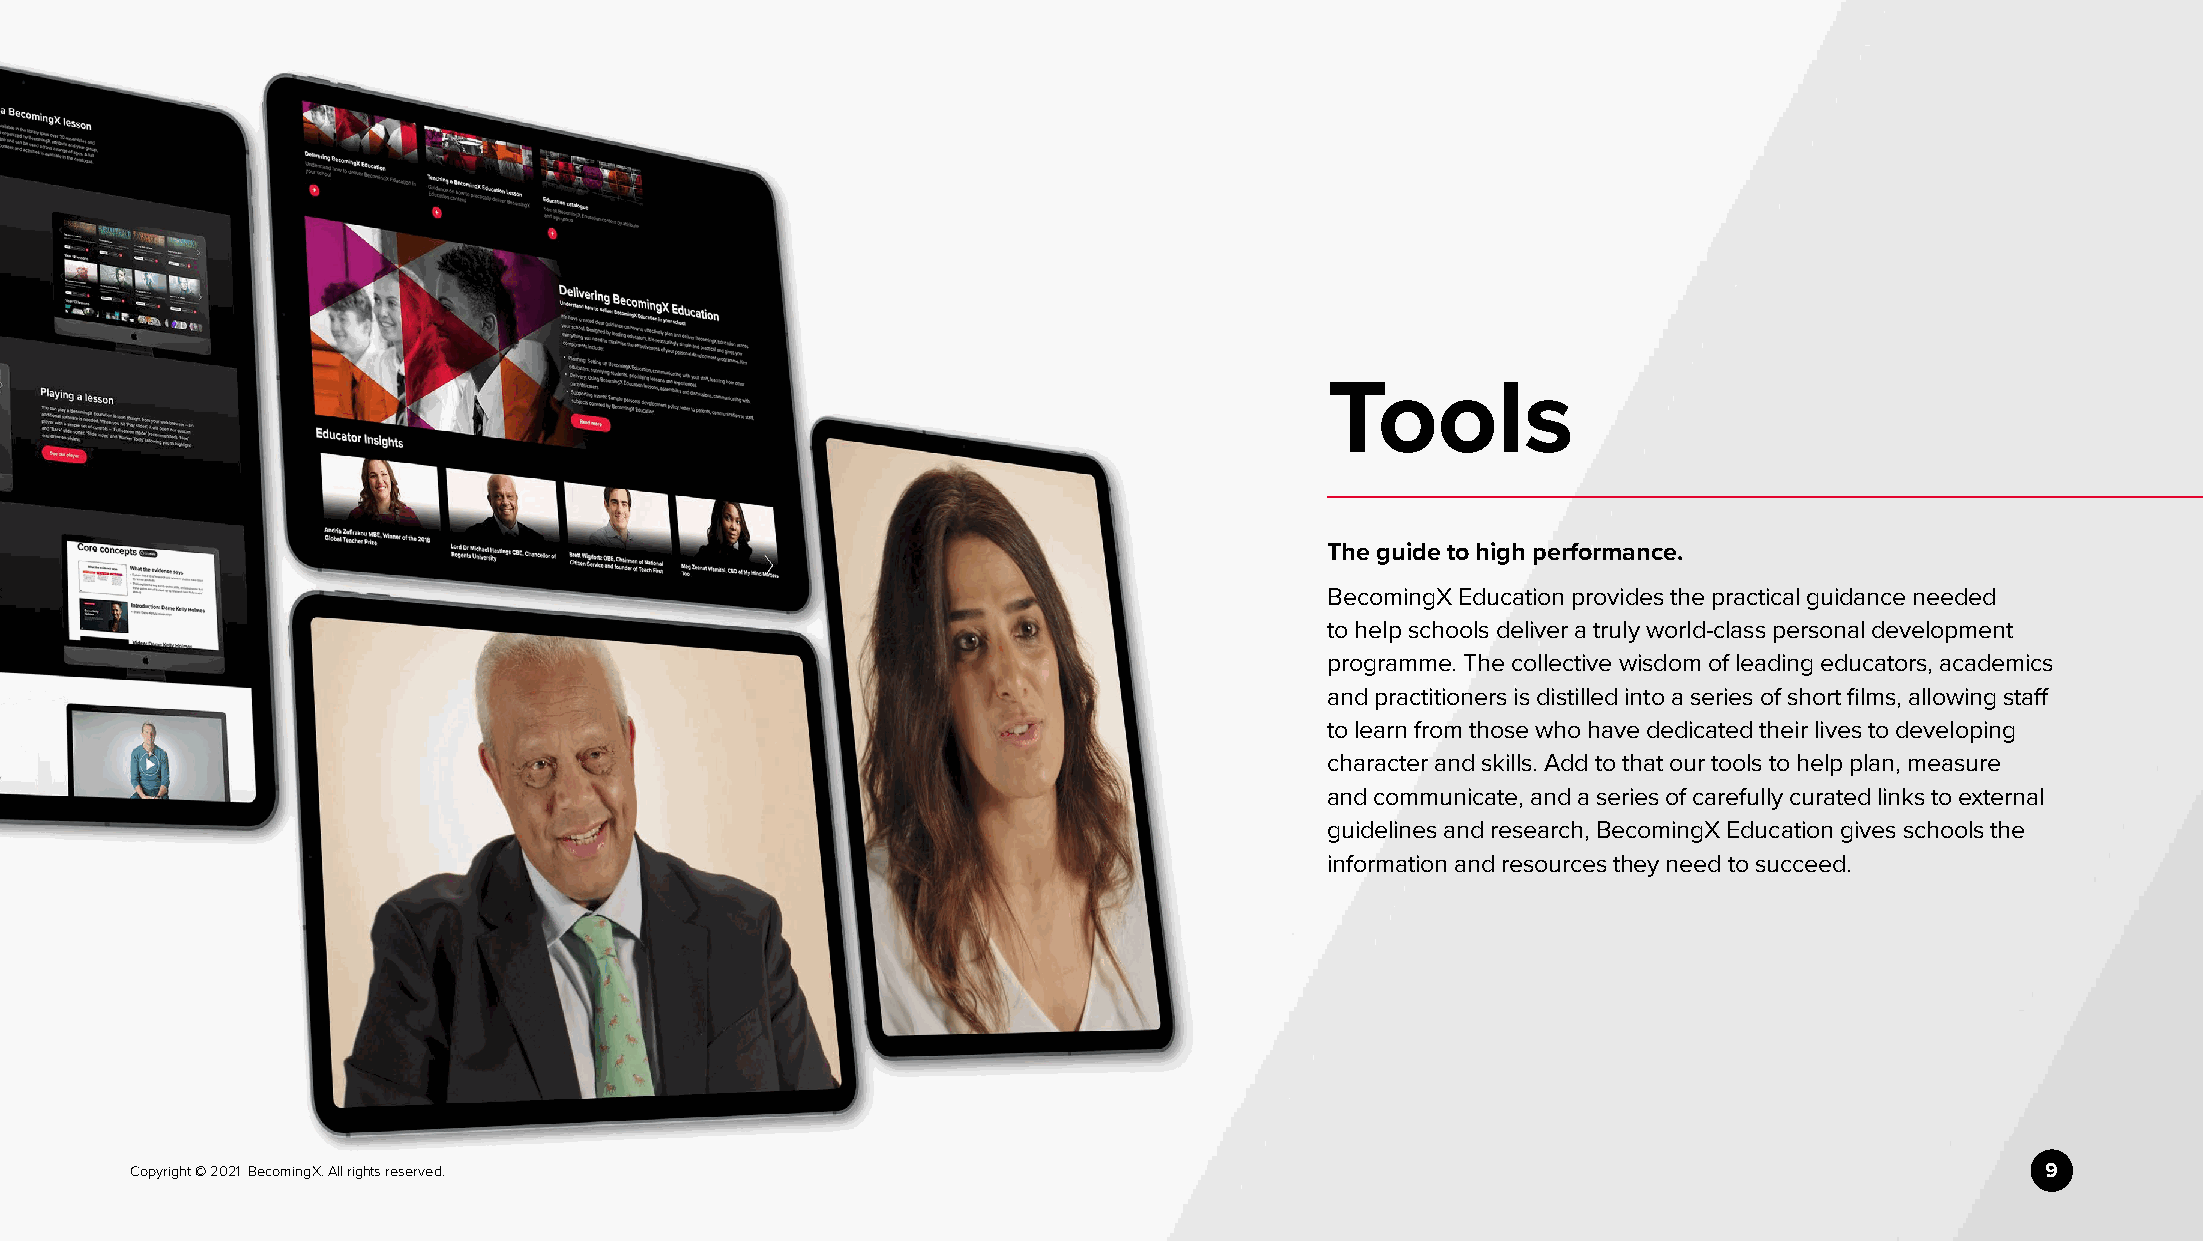
Tools
 The guide to high performance.
 BecomingX Education provides the practical guidance needed
 to help schools deliver a truly world-class personal development
 programme. The collective wisdom of leading educators, academics
 and practitioners is distilled into a series of short films, allowing staff
 to learn from those who have dedicated their lives to developing
 character and skills. Add to that our tools to help plan, measure
 and communicate, and a series of carefully curated links to external
 guidelines and research, BecomingX Education gives schools the
 information and resources they need to succeed.
 Copyright © 2021 BecomingX. All rights reserved.                                                                              9